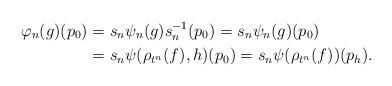
LaTeX: \begin{align*}\varphi_n(g)(p_0)&=s_n \psi_n(g) s_n^{-1} (p_0)=s_n\psi_n(g)(p_0)\\&=s_n\psi(\rho_{t^n}(f), h)(p_0)=s_n\psi(\rho_{t^n}(f)) (p_h).\end{align*}